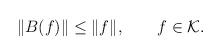
LaTeX: \begin{align*}\|B(f)\| \le \|f\|, \qquad f \in {\cal K}.\end{align*}